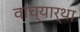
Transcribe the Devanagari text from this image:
वाच्यार्था